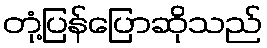
တုံ့ပြန်ပြောဆိုသည်